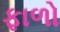
ફાળો